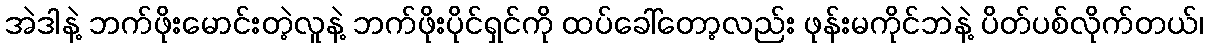
အဲဒါနဲ့ ဘက်ဖိုးမောင်းတဲ့လူနဲ့ ဘက်ဖိုးပိုင်ရှင်ကို ထပ်ခေါ်တော့လည်း ဖုန်းမကိုင်ဘဲနဲ့ ပိတ်ပစ်လိုက်တယ်၊